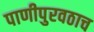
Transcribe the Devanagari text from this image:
पाणीपुरवठाच